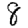
Digit: 8